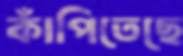
কাঁপিতেছে